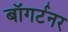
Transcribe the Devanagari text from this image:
बॉगर्टनर